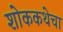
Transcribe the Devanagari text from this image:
शोककथेचा